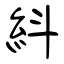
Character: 紏